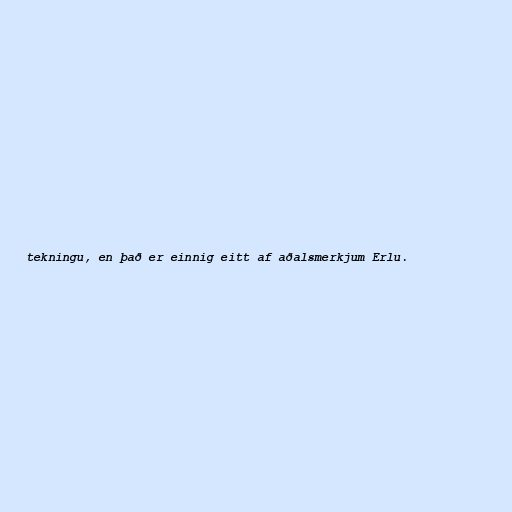
tekningu, en það er einnig eitt af aðalsmerkjum Erlu.